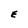
Character: E